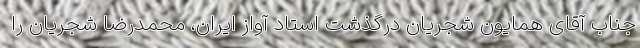
جناب آقای همایون شجریان درگذشت استاد آواز ایران، محمدرضا شجریان را